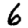
Digit: 6